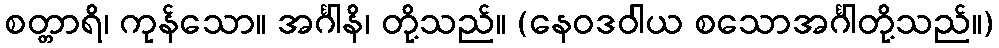
စတ္တာရိ၊ ကုန်သော။ အင်္ဂါနိ၊ တို့သည်။ (နေဝဒဝါယ စသောအင်္ဂါတို့သည်။)